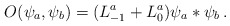
\begin{align*}O(\psi_a,\psi_b)=(L^a_{-1}+L_0^a)\psi_a*\psi_b\,.\end{align*}